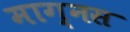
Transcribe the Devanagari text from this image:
माग्नस